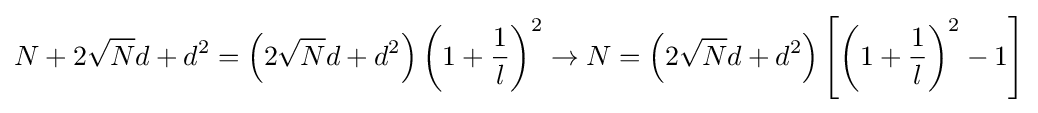
N+2{\sqrt {N}}d+d^{2}=\left(2{\sqrt {N}}d+d^{2}\right)\left(1+{\frac {1}{l}}\right)^{2}\to N=\left(2{\sqrt {N}}d+d^{2}\right)\left[\left(1+{\frac {1}{l}}\right)^{2}-1\right]